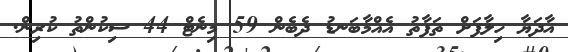
އާދަޔާ ހިލާފަށް ތަފާތު އެއްމާބަނޑު ދެބެން 59 މިނެޓް 44 ސިކުންތު ކުރިން.